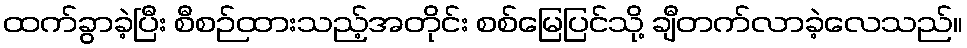
ထက်ခွာခဲ့ပြီး စီစဉ်ထားသည့်အတိုင်း စစ်မြေပြင်သို့ ချီတက်လာခဲ့လေသည်။